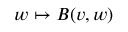
w \mapsto B ( v , w )